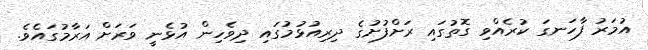
އުމަރު ފާހަނގަ ކުރެއްވި ގޮތުގައި ރަށްފުށުގެ ދިރިއުޅުމުގައި ދިވެހިން އުޅެނީ ވަރަށް އަރާމުގައެވެ.